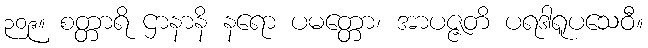
၃၀၉။ စတ္တာရိ ဌာနာနိ နရော ပမတ္တော၊ အာပဇ္ဇတိ ပရဒါရူပသေဝီ။